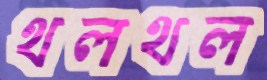
থলথল